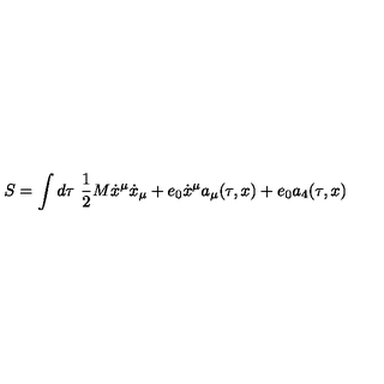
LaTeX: S = \int d \tau \ \frac 1 2 M \dot { x } ^ { \mu } \dot { x } _ { \mu } + e _ { 0 } \dot { x } ^ { \mu } a _ { \mu } ( \tau , x ) + e _ { 0 } a _ { 4 } ( \tau , x )